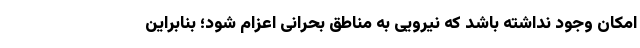
امکان وجود نداشته باشد که نیرویی به مناطق بحرانی اعزام شود؛ بنابراین